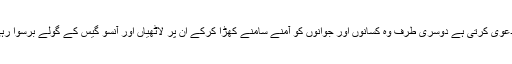
ایک طرف بی جے پی کسانوں اور نوجوانوں کی ہمدردی کا دعوی کرتی ہے دوسری طرف وہ کسانوں اور جوانوں کو آمنے سامنے کھڑا کرکے ان پر لاٹھیاں اور آنسو گیس کے گولے برسوا رہی ہے اور نوجوانوں کو پکوڑا بیچنے کا مشورہ دے رہی ہے۔